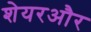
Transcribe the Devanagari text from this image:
शेयरऔर